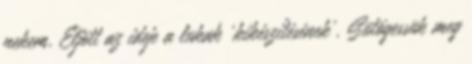
nekem. Eljött az ideje a lukak 'kikészítésének'. Sütögessük meg